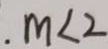
. m < 2